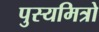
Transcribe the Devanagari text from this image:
पुस्यमित्रो